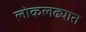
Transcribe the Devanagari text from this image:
लोकलढ्यात